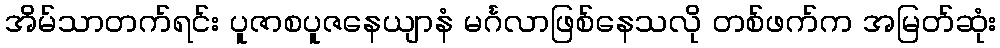
အိမ်သာတက်ရင်း ပူဇာစပူဇနေယျာနံ မင်္ဂလာဖြစ်နေသလို တစ်ဖက်က အမြတ်ဆုံး